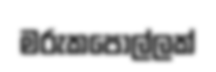
මරුකපොල්ලක්